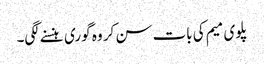
پلوی میم کی بات سن کر وہ گوری ہنسنے لگی۔